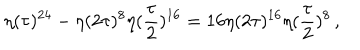
LaTeX: \eta ( \tau ) ^ { 2 4 } - \eta ( 2 \tau ) ^ { 8 } \eta ( { \frac { \tau } { 2 } } ) ^ { 1 6 } = 1 6 \eta ( 2 \tau ) ^ { 1 6 } \eta ( { \frac { \tau } { 2 } } ) ^ { 8 } \, ,